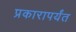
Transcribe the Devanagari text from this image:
प्रकारापर्यंत